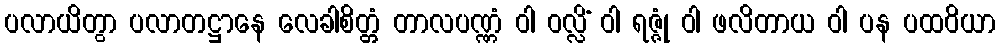
ပလာယိတွာ ပလာတဋ္ဌာနေ လေခါစိတ္တံ တာလပဏ္ဏံ ဝါ ဝလ္လိံ ဝါ ရဇ္ဇုံ ဝါ ဖလိတာယ ဝါ ပန ပထဝိယာ